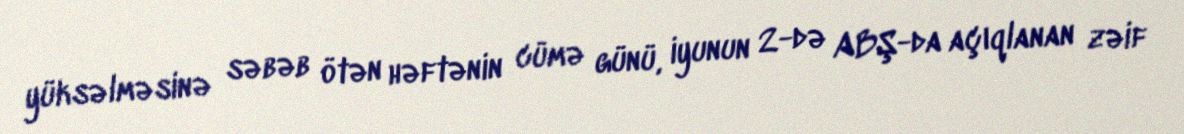
yüksəlməsinə səbəb ötən həftənin cümə günü, iyunun 2-də ABŞ-da açıqlanan zəif